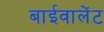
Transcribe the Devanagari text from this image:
बाईवालेंट